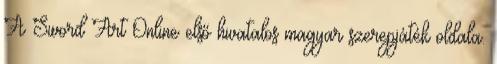
A Sword Art Online első hivatalos magyar szerepjáték oldala.